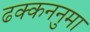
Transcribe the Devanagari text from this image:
ढक्कननुमा